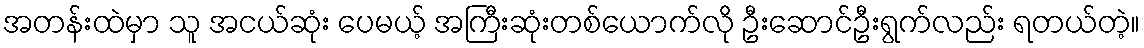
အတန်းထဲမှာ သူ အငယ်ဆုံး ပေမယ့် အကြီးဆုံးတစ်ယောက်လို ဦးဆောင်ဦးရွက်လည်း ရတယ်တဲ့။